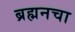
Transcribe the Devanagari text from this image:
ब्रह्मनचा